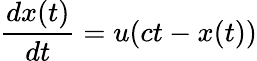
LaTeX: \frac{dx(t)}{dt}=u(ct-x(t))